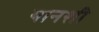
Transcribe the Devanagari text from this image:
यानशी